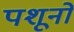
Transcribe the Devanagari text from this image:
पशूनों